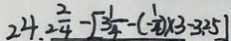
2 4 . 2 \frac { 2 } { 4 } - [ 3 \frac { 1 } { 4 } - ( - \frac { 1 } { 4 } ) \times 3 - 3 . 2 5 ]